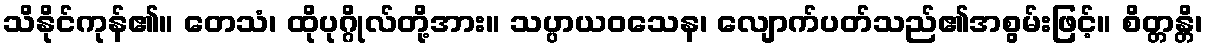
သိနိုင်ကုန်၏။ တေသံ၊ ထိုပုဂ္ဂိုလ်တို့အား။ သပ္ပာယဝသေန၊ လျောက်ပတ်သည်၏အစွမ်းဖြင့်။ စိတ္တန္တိ၊